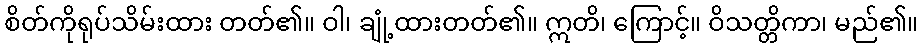
စိတ်ကိုရုပ်သိမ်းထား တတ်၏။ ဝါ၊ ချုံ့ထားတတ်၏။ ဣတိ၊ ကြောင့်။ ဝိသတ္တိကာ၊ မည်၏။